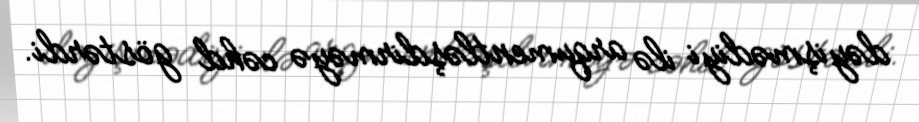
dəyişmədiyi ilə arqumentləşdirməyə cəhd göstərdi.